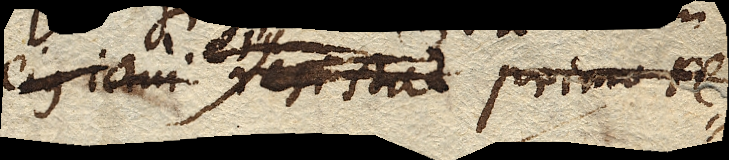
ejus ictui resistat primo re